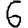
Digit: 6